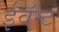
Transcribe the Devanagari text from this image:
ईवॅन्ट